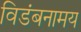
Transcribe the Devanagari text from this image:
विडंबनामय